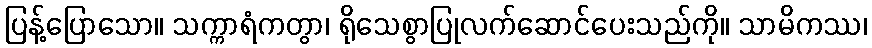
ပြန့်ပြောသော။ သက္ကာရံကတွာ၊ ရိုသေစွာပြုလက်ဆောင်ပေးသည်ကို။ သာမိကဿ၊